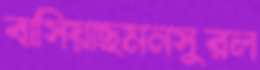
বাসিয়াছমনসুরল